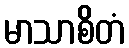
မာသာစိတံ